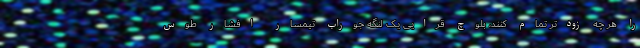
را هر چه زودتر تمام کنند، بلوچ قرایی یک لنگه جوراب تیمسار افشار طوس